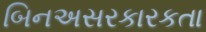
બિનઅસરકારકતા